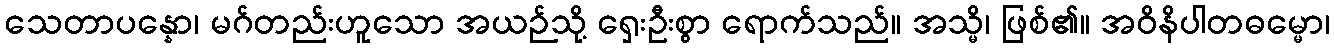
သေတာပန္နော၊ မဂ်တည်းဟူသော အယဉ်သို့ ရှေးဦးစွာ ရောက်သည်။ အသ္မိ၊ ဖြစ်၏။ အဝိနိပါတဓမ္မော၊